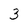
Character: 3